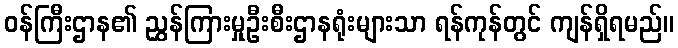
ဝန်ကြီးဌာန၏ ညွှန်ကြားမှုဦးစီးဌာနရုံးများသာ ရန်ကုန်တွင် ကျန်ရှိရမည်။